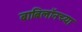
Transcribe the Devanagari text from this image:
बाबिलॉनच्या